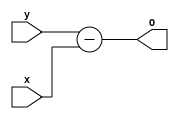
module fullsubtractor(input [15:0] x, input [15:0] y, output [15:0] O);
 
assign O =   y -  x;
 
endmodule

module mymodfunc(output reg[15:0] O, output reg Done, input [15:0] A, B, input Load,Clk,Reset,Cin);
reg[1:0] state;
reg[15:0] A_reg, B_reg, A_temp, O_reg, B_temp;
wire[15:0] O_temp;

fullsubtractor dut1(A_temp, B_temp, O_temp);

always@(posedge Clk)
begin
if(Reset)
state <= 0;
else
case(state)
	0: if(Load)begin
		A_reg <= B; 
		B_reg <= B; 
		O_reg <= A; 
		state <= 1;
                Done <= 0;
                O <= 0;
		end
	1: begin
		A_temp <= A_reg; 
		B_temp <= O_reg;  
		state <= 2;
		end
	2: begin
		O_reg <= O_temp;
		if(O_reg >= B_reg) state <= 1;
		else begin
			state <= 3; 
			Done <= 1;
			O <= O_reg;
			end
		end
	3: begin
		Done <= 0; 
		state <= 0;
		end

endcase
end
endmodule

module mymodfunc_tb;
reg clk, reset, load, cin;
reg [15:0] a, b;
wire done;
wire[15:0] out;

mymodfunc dut(out, done, a, b, load, clk, reset, cin);

always #5 clk = ~clk;
initial
begin
clk = 0;
cin = 0;
reset = 1;
load = 1;
a = 16'd1456; 
b = 16'd9;
#10 reset = 0;
#10 load = 0;
#9000 $display (" A = %d, B = %d, O = %d", a, b, out);

#10 $finish;
end
endmodule